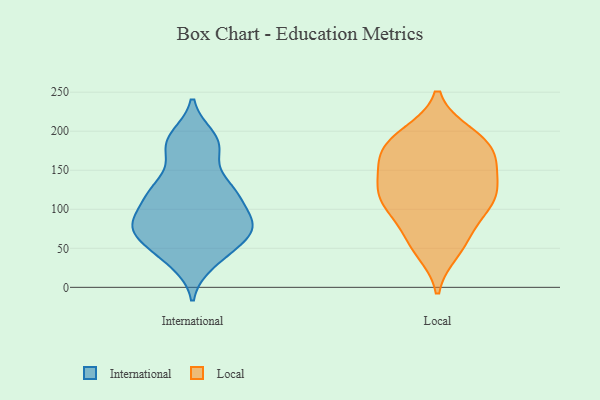
{"axis": {"x": "Latency (ms)", "y": "Value"}, "legend": ["International", "Local"], "data": [{"x": "", "y": 130, "type": "International"}, {"x": "", "y": 79, "type": "International"}, {"x": "", "y": 80, "type": "International"}, {"x": "", "y": 52, "type": "International"}, {"x": "", "y": 82, "type": "International"}, {"x": "", "y": 116, "type": "International"}, {"x": "", "y": 119, "type": "International"}, {"x": "", "y": 50, "type": "International"}, {"x": "", "y": 193, "type": "International"}, {"x": "", "y": 76, "type": "International"}, {"x": "", "y": 175, "type": "International"}, {"x": "", "y": 126, "type": "International"}, {"x": "", "y": 31, "type": "International"}, {"x": "", "y": 81, "type": "International"}, {"x": "", "y": 183, "type": "International"}, {"x": "", "y": 107, "type": "Local"}, {"x": "", "y": 158, "type": "Local"}, {"x": "", "y": 184, "type": "Local"}, {"x": "", "y": 47, "type": "Local"}, {"x": "", "y": 191, "type": "Local"}, {"x": "", "y": 173, "type": "Local"}, {"x": "", "y": 171, "type": "Local"}, {"x": "", "y": 136, "type": "Local"}, {"x": "", "y": 56, "type": "Local"}, {"x": "", "y": 155, "type": "Local"}, {"x": "", "y": 121, "type": "Local"}, {"x": "", "y": 117, "type": "Local"}, {"x": "", "y": 107, "type": "Local"}, {"x": "", "y": 149, "type": "Local"}, {"x": "", "y": 112, "type": "Local"}, {"x": "", "y": 111, "type": "Local"}, {"x": "", "y": 58, "type": "Local"}, {"x": "", "y": 196, "type": "Local"}, {"x": "", "y": 192, "type": "Local"}, {"x": "", "y": 81, "type": "Local"}]}